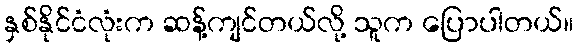
နှစ်နိုင်ငံလုံးက ဆန့်ကျင်တယ်လို့ သူက ပြောပါတယ်။